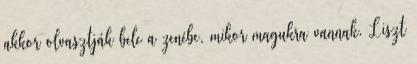
akkor olvasztják bele a zenébe, mikor magukra vannak. Liszt